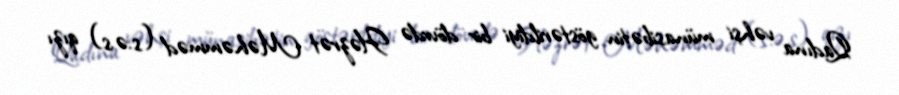
Qadına vəhşi münasibətin göstərildiyi bir dövrdə Həzrət Məhəmməd (s.ə.s) qızı